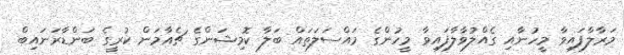
މަރާލާފައިވާ މީހުނާއި ގެއްލުވާލާފައިވާ މީހުންގެ މައްސަލަތައް ބަލާ ކޮމިޝަންގެ ޗެއާމަން ކުރީގެ ބަންޑާރަނައިބް